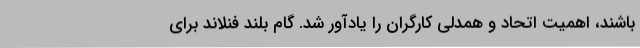
باشند، اهمیت اتحاد و همدلی کارگران را یادآور شد. گام بلند فنلاند برای